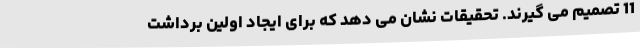
11 تصمیم می گیرند. تحقیقات نشان می دهد که برای ایجاد اولین برداشت